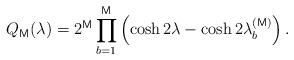
LaTeX: \begin{align*}Q_{\mathsf{M}}(\lambda )=2^{\mathsf{M}}\prod_{b=1}^{\mathsf{M}}\left( \cosh2\lambda -\cosh 2\lambda _{b}^{(\mathsf{M})}\right) . \end{align*}